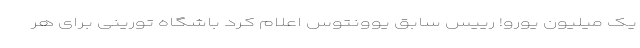
یک میلیون یورو! رییس سابق یوونتوس اعلام کرد باشگاه تورینی برای هر